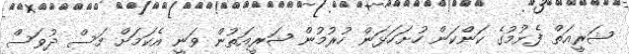
ޝަރީއަތް ފެށުމުގެ ކަންކަން ހުށަހަޅަން ހުރުމުން ޝަރީއަތުން ވަނީ އެކަމަށް މަސް ދުވަސް